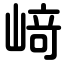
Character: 﨑